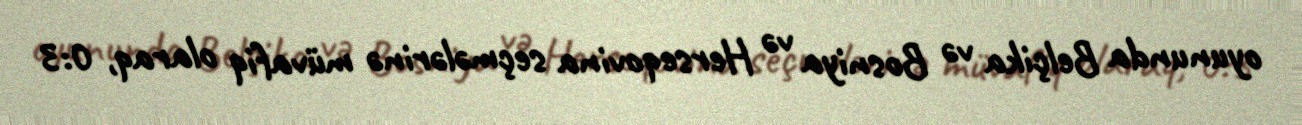
oyununda Belçika və Bosniya və Herseqovina seçmələrinə müvafiq olaraq, 0:3